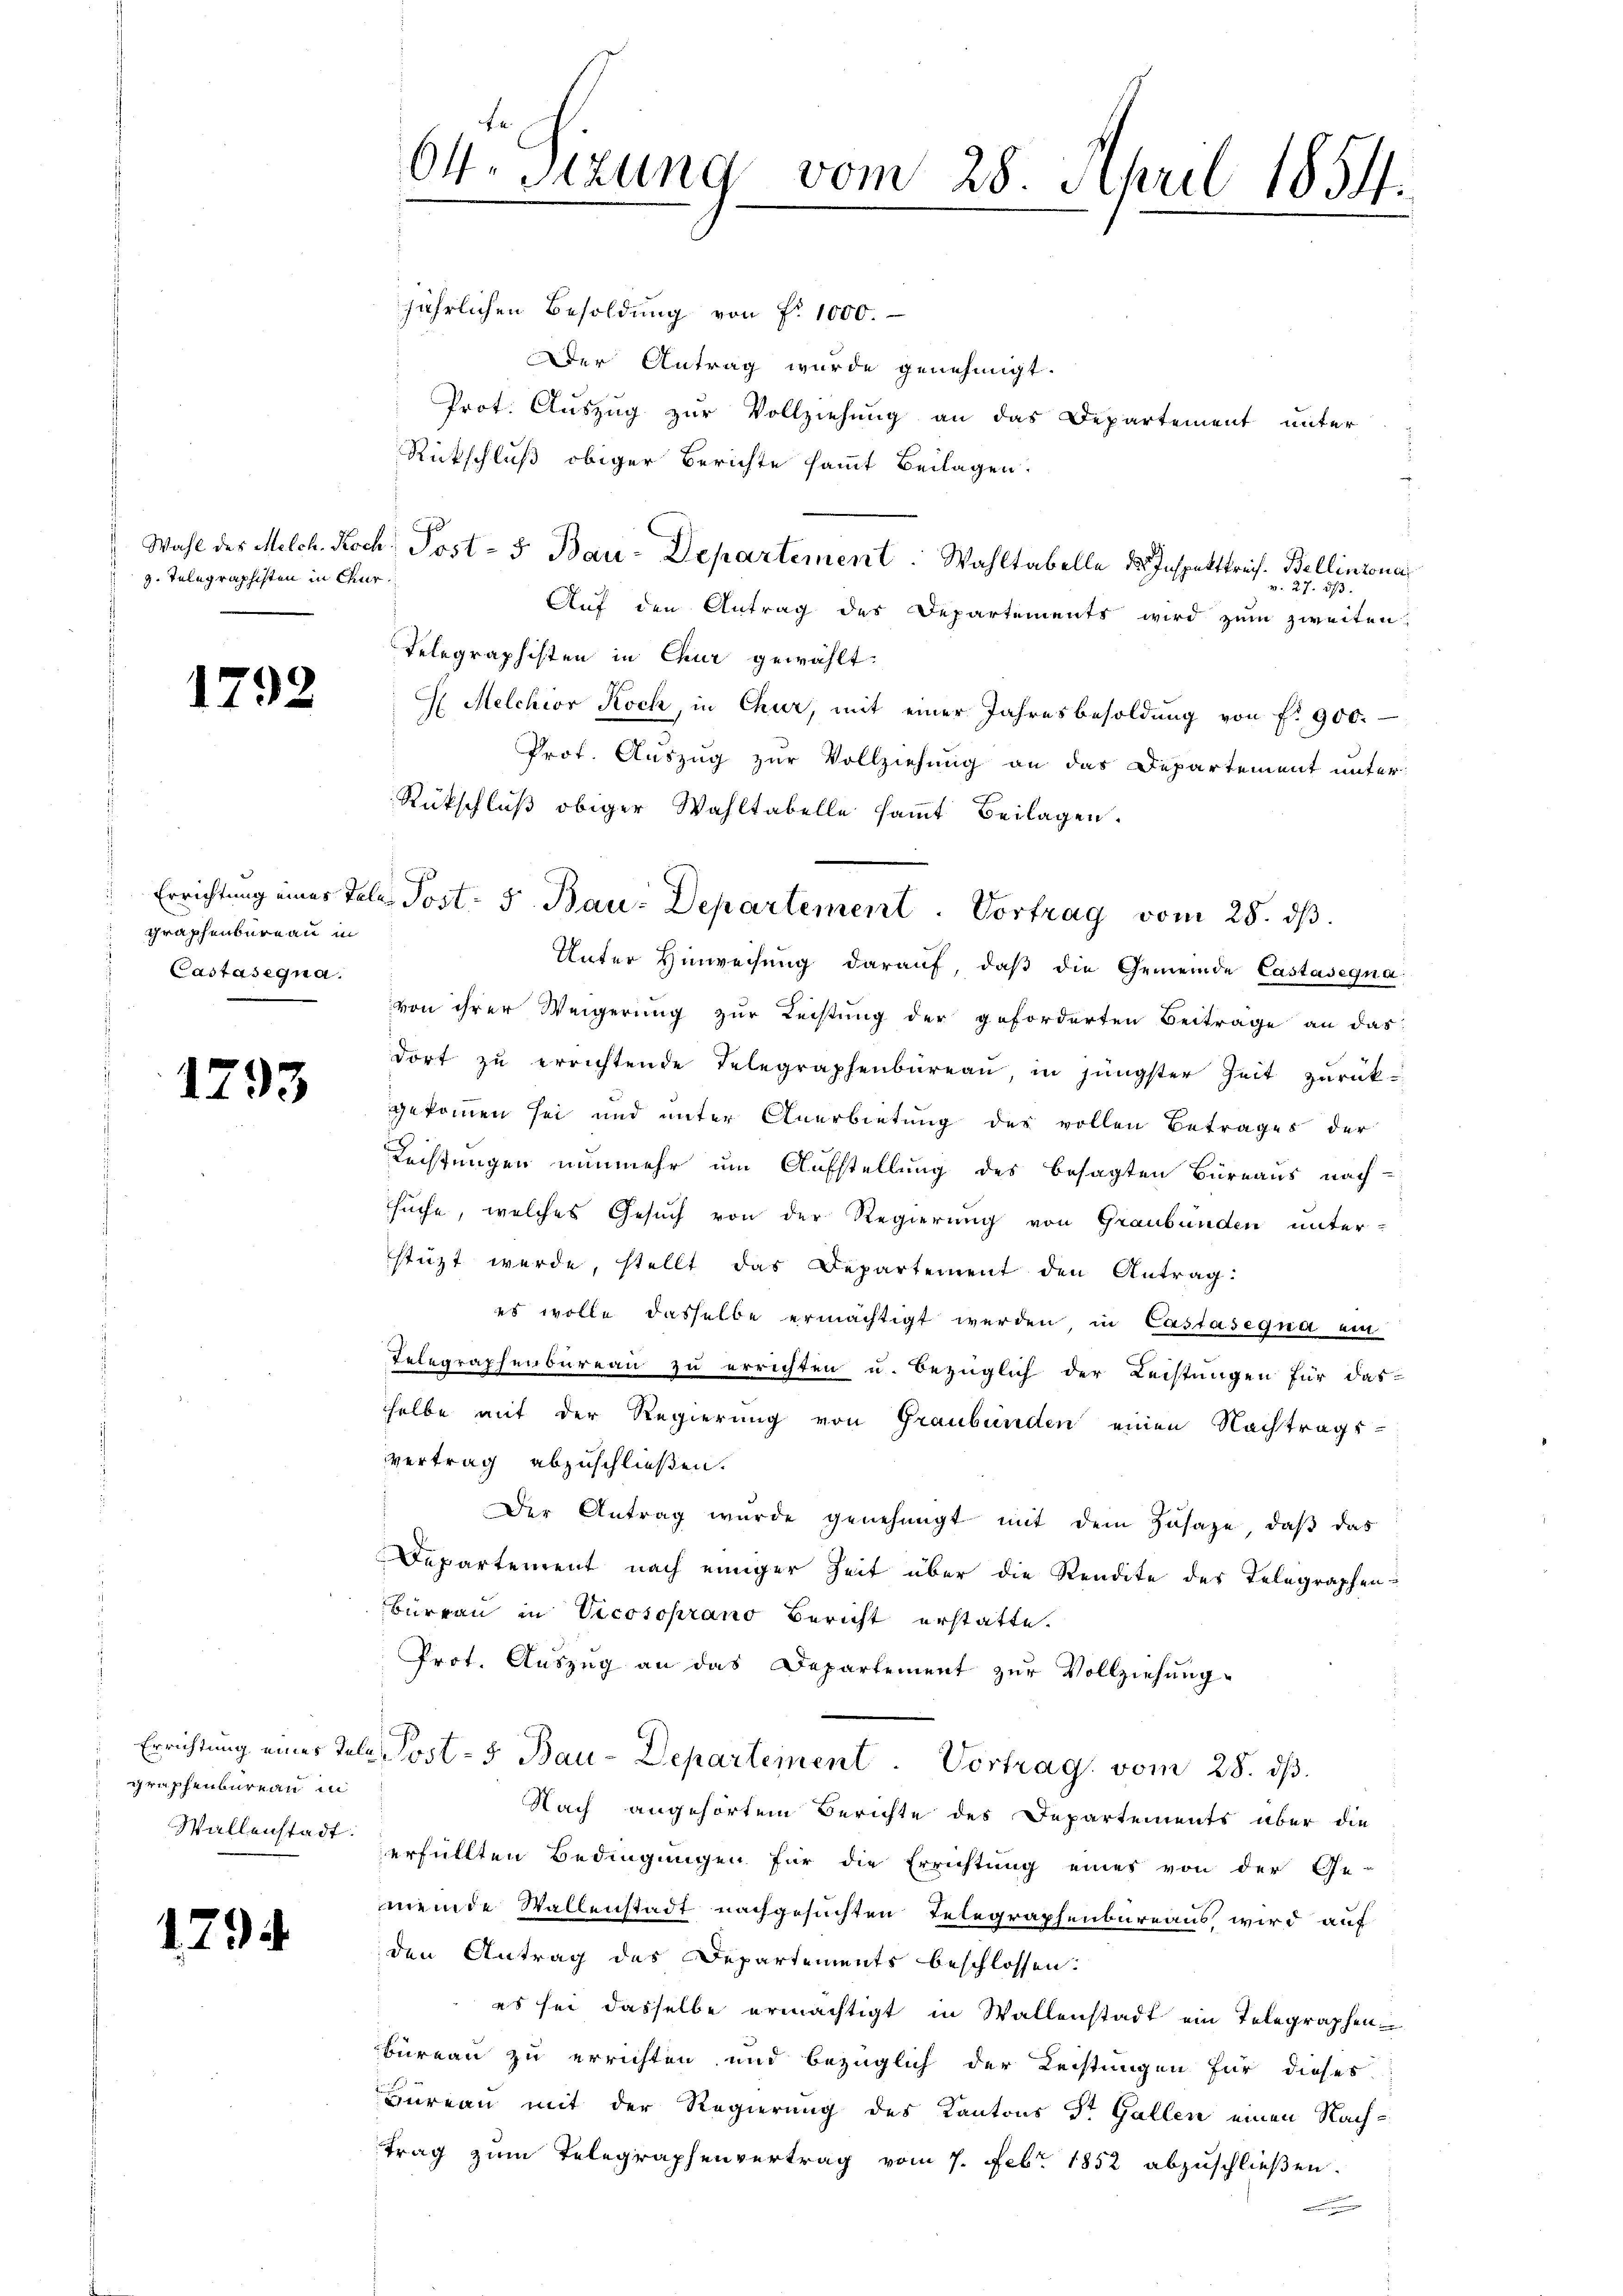
g. Telegraphisten in Gur

1792

graphenbureau in
Castasegna

1793

graphenbureau in
Wallenstadt.

179

64. Sizung vom 28. April 1854.

jährlichen Besoldung von f. 1000.
Der Antrag wurde genehmigt.
Prot. Auszug zur Vollziehung an das Departement unter
Rückschluß obiger Berichte sammt Beilagen.
Wahl der Milch. Koch, Post- 5. Bau-Departement. Wahltabelle des Inspetttreich-Bellinzona
v. 27. ds.
Auf den Antrag des Departements wird zum zweiten
Telegraphisten in Chur gewählt.
H. Melchior Koch, in Chur, mit einer Jahresbesoldung von f. 900.
Prot. Auszug zur Vollziehung an das Departement unter
Rückschluß obiger Wahltabelle sammt Beilagen.
Unter Hinweisung darauf, daβ die Gemeinde Castasegnavon ihrer Weigerung zur Leistung der geforderten Beiträge an das
dort zŭ errichtende Telegraphenbüreau, in jüngster Zeit zurück-
gekommen sei und unter Anerbietung des vollen Betrages der
Rechtungen nunmehr um Aufstellung des besagten Büreaus nach-
suche, welches Gesuch von der Regierung von Graubünden unter-
stüzt werde, stellt das Departement den Antrag:
es wolle dasselbe ermächtigt werden, in Castasegna ein
Telegraphenbureau zu errichten u. bezüglich der Leistungen für das-
selbe mit der Regierung von Graubünden einen Nachtrags-
vertrag abzuschließen.
Der Antrag wurde genehmigt mit dem Zusage, daß das
Departement nach einiger Zeit über die Rendite des Telegraphen-
Büreau in Vicosoprano Bericht erstatte.
Prot. Auszug an das Departement zur Vollziehung
Errichtung eines Tele Post- 5. Bau-Departement. Vortrag vom 28. dβ.
Nach angehörtem Berichte des Departements über die
erfüllten Bedingungen für die Errichtung eines von der Ge-
meinde Wallenstadt nachgesuchten Telegraphenbureaus, wird auf
den Antrag des Departements beschlossen:
es sei dasselbe ermächtigt in Wallenstadt ein Telegraphen-
Büreau zu errichten und bezüglich der Leistungen für dieses
Hüreau mit der Regierung des Kantons Dr. Gallen einen Nachtrag zum Telegraphenvertrag vom 7. Febr. 1852 abzuschließen.
.

Errichtung eines Tales Post- 5. Bau-Departement           Vortrag vom 25. ds.